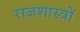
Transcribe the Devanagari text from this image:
राजशास्त्रों